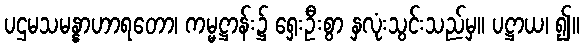
ပဌမသမန္နာဟာရတော၊ ကမ္မဋ္ဌာန်း၌ ရှေးဦးစွာ နှလုံးသွင်းသည်မှ။ ပဋ္ဌာယ၊ ၍။